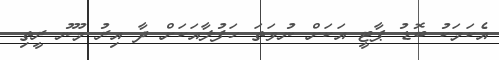
އެކަމަކު ބޮޑު ޕާޓީ އަކަށް ނުވަތަ ހަފުލާއަކަށް ދާ އިރު މޫނު ރީތި